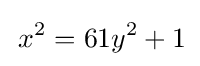
\,x^{2}=61y^{2}+1